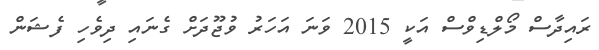
ރައިދާސް މޯލްޑިވްސް އަކީ 2015 ވަނަ އަހަރު ވުޖޫދަށް ގެނައި ދިވެހި ފެޝަން